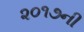
૨૦૧૭ની